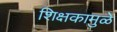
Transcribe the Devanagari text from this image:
शिक्षकामुळे